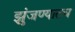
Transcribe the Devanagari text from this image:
झुंजण्यातच